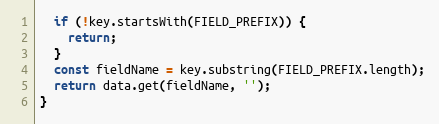
Language: JavaScript
  if (!key.startsWith(FIELD_PREFIX)) {
    return;
  }
  const fieldName = key.substring(FIELD_PREFIX.length);
  return data.get(fieldName, '');
}